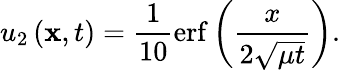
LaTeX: u_{2}\left(\mathbf{x},t\right)=\frac{1}{10}\mathrm{erf}\left(\frac{x}{2\sqrt{\mu t}}\right).